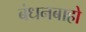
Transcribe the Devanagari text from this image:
बंधनबाहो